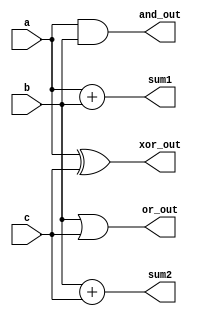
module overlapping_groups (
    input wire [3:0] a,          // Input group A
    input wire [3:0] b,          // Input group B
    input wire [3:0] c,          // Input group C
    output wire [4:0] sum1,      // Output from Group 1 (Adder)
    output wire [4:0] sum2,      // Output from Group 2 (Adder)
    output wire [3:0] and_out,    // Output from Group 3 (AND)
    output wire [3:0] or_out,     // Output from Group 4 (OR)
    output wire [3:0] xor_out      // Output from Group 5 (XOR)
);

// Group 1: Adder using inputs a and b
wire [4:0] group1_sum;
assign group1_sum = a + b;
assign sum1 = group1_sum;

// Group 2: Adder using inputs b and c (overlapping with Group 1)
wire [4:0] group2_sum;
assign group2_sum = b + c;
assign sum2 = group2_sum;

// Group 3: AND operation using inputs a and b (overlapping with Group 1)
assign and_out = a & b;

// Group 4: OR operation using inputs b and c (overlapping with Group 2)
assign or_out = b | c;

// Group 5: XOR operation using inputs a and c (independent)
assign xor_out = a ^ c;

endmodule